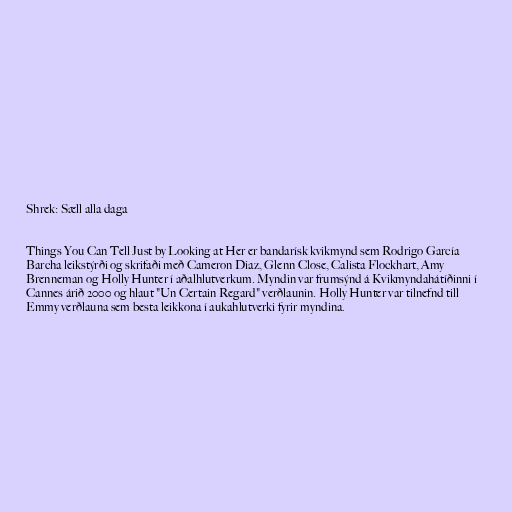
Shrek: Sæll alla daga

Things You Can Tell Just by Looking at Her er bandarísk kvikmynd sem Rodrigo García
Barcha leikstýrði og skrifaði með Cameron Diaz, Glenn Close, Calista Flockhart, Amy
Brenneman og Holly Hunter í aðalhlutverkum. Myndin var frumsýnd á Kvikmyndahátíðinni í
Cannes árið 2000 og hlaut "Un Certain Regard" verðlaunin. Holly Hunter var tilnefnd till
Emmy verðlauna sem besta leikkona í aukahlutverki fyrir myndina.